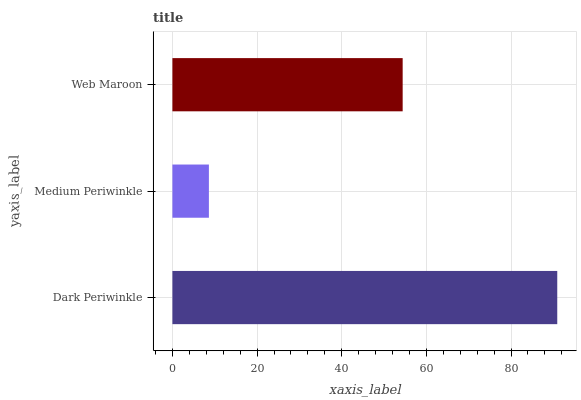
| yaxis_label | bars |
 | --- | --- |
 | Dark Periwinkle | 90.9 |
 | Medium Periwinkle | 8.62 |
 | Web Maroon | 54.4 |